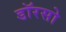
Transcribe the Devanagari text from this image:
डॉरसो